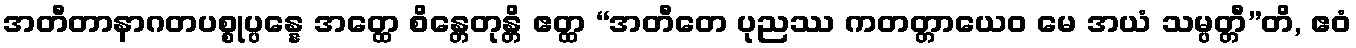
အတီတာနာဂတပစ္စုပ္ပန္နေ အတ္ထေ စိန္တေတုန္တိ ဧတ္ထ “အတီတေ ပုညဿ ကတတ္တာယေဝ မေ အယံ သမ္ပတ္တီ”တိ, ဧဝံ